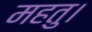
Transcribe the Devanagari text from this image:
महतु।